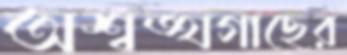
অশ্বত্থগাছের